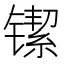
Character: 𬭴